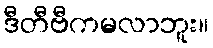
ဒီတီဗီကမလာဘူး။